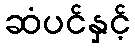
ဆံပင်နှင့်